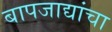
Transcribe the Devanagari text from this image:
बापजाद्यांचा